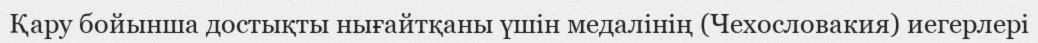
Қару бойынша достықты нығайтқаны үшін медалінің (Чехословакия) иегерлері